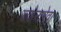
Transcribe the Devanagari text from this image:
ज्वोनारेवा